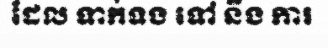
ដែល ទាក់ទង ទៅ នឹង ការ